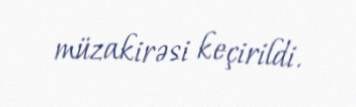
müzakirəsi keçirildi.